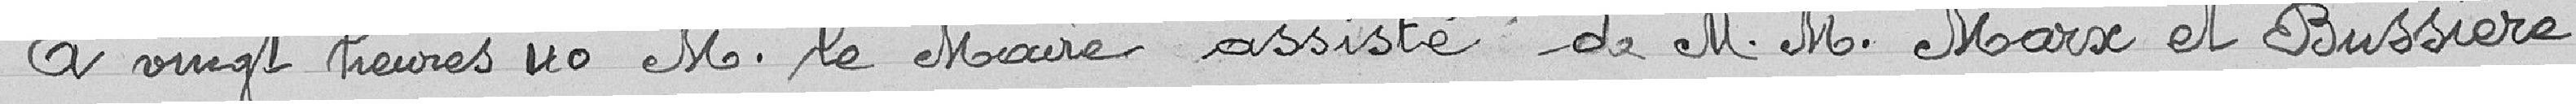
A vingt heures 40, Monsieur le Maire, assisté de Messieurs Marx et Bussière